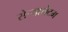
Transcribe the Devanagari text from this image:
सेर्‍यालेटम